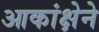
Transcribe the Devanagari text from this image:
आकांक्षेने